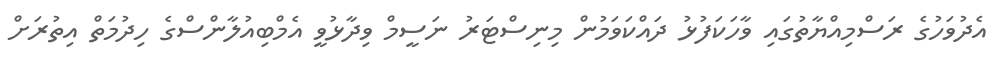
އެދުވަހުގެ ރަސްމިއްޔާތުގައި ވާހަކަފުޅު ދައްކަވަމުން މިނިސްޓަރު ނަސީމް ވިދާޅުވީ އެމްބިއުލާންސްގެ ހިދުމަތް އިތުރަށް